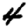
Digit: 4